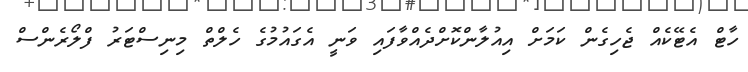
ހާޓް އެޓޭކެއް ޖެހިގެން ކަމަށް އިއުލާންކޮށްދެއްވާފައި ވަނީ އެގައުމުގެ ހެލްތް މިނިސްޓަރު ފްލޯރެންސް